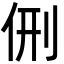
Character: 侀